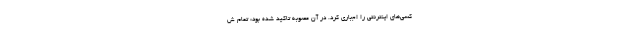
کسی‌های اینترنتی را اجباری کرد. در آن مصوبه تاکید شده بود: تمام ش